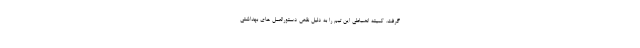
گرفت. کمیته انضباطی این تیم را به دلیل نقض دستورالعمل های بهداشتی